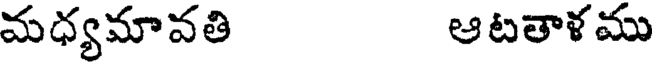
మధ్యమావతి ఆటతాళము